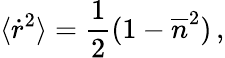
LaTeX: \langle{\dot{r}}^{2}\rangle=\frac{1}{2}(1-{\overline{{n}}}^{2})\, ,